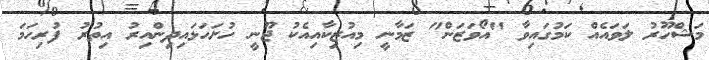
މަޝްހޫރު ލަވައެއް ކަމުގައިވާ "އޯވަޒަން" ޒަމާނީ މިއުޒިކާއިއެކު ޖޫނީ ހުށަހަޅައިދިންއިރު އިތުރު ފުރިހަމަ